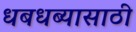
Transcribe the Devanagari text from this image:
धबधब्यासाठी